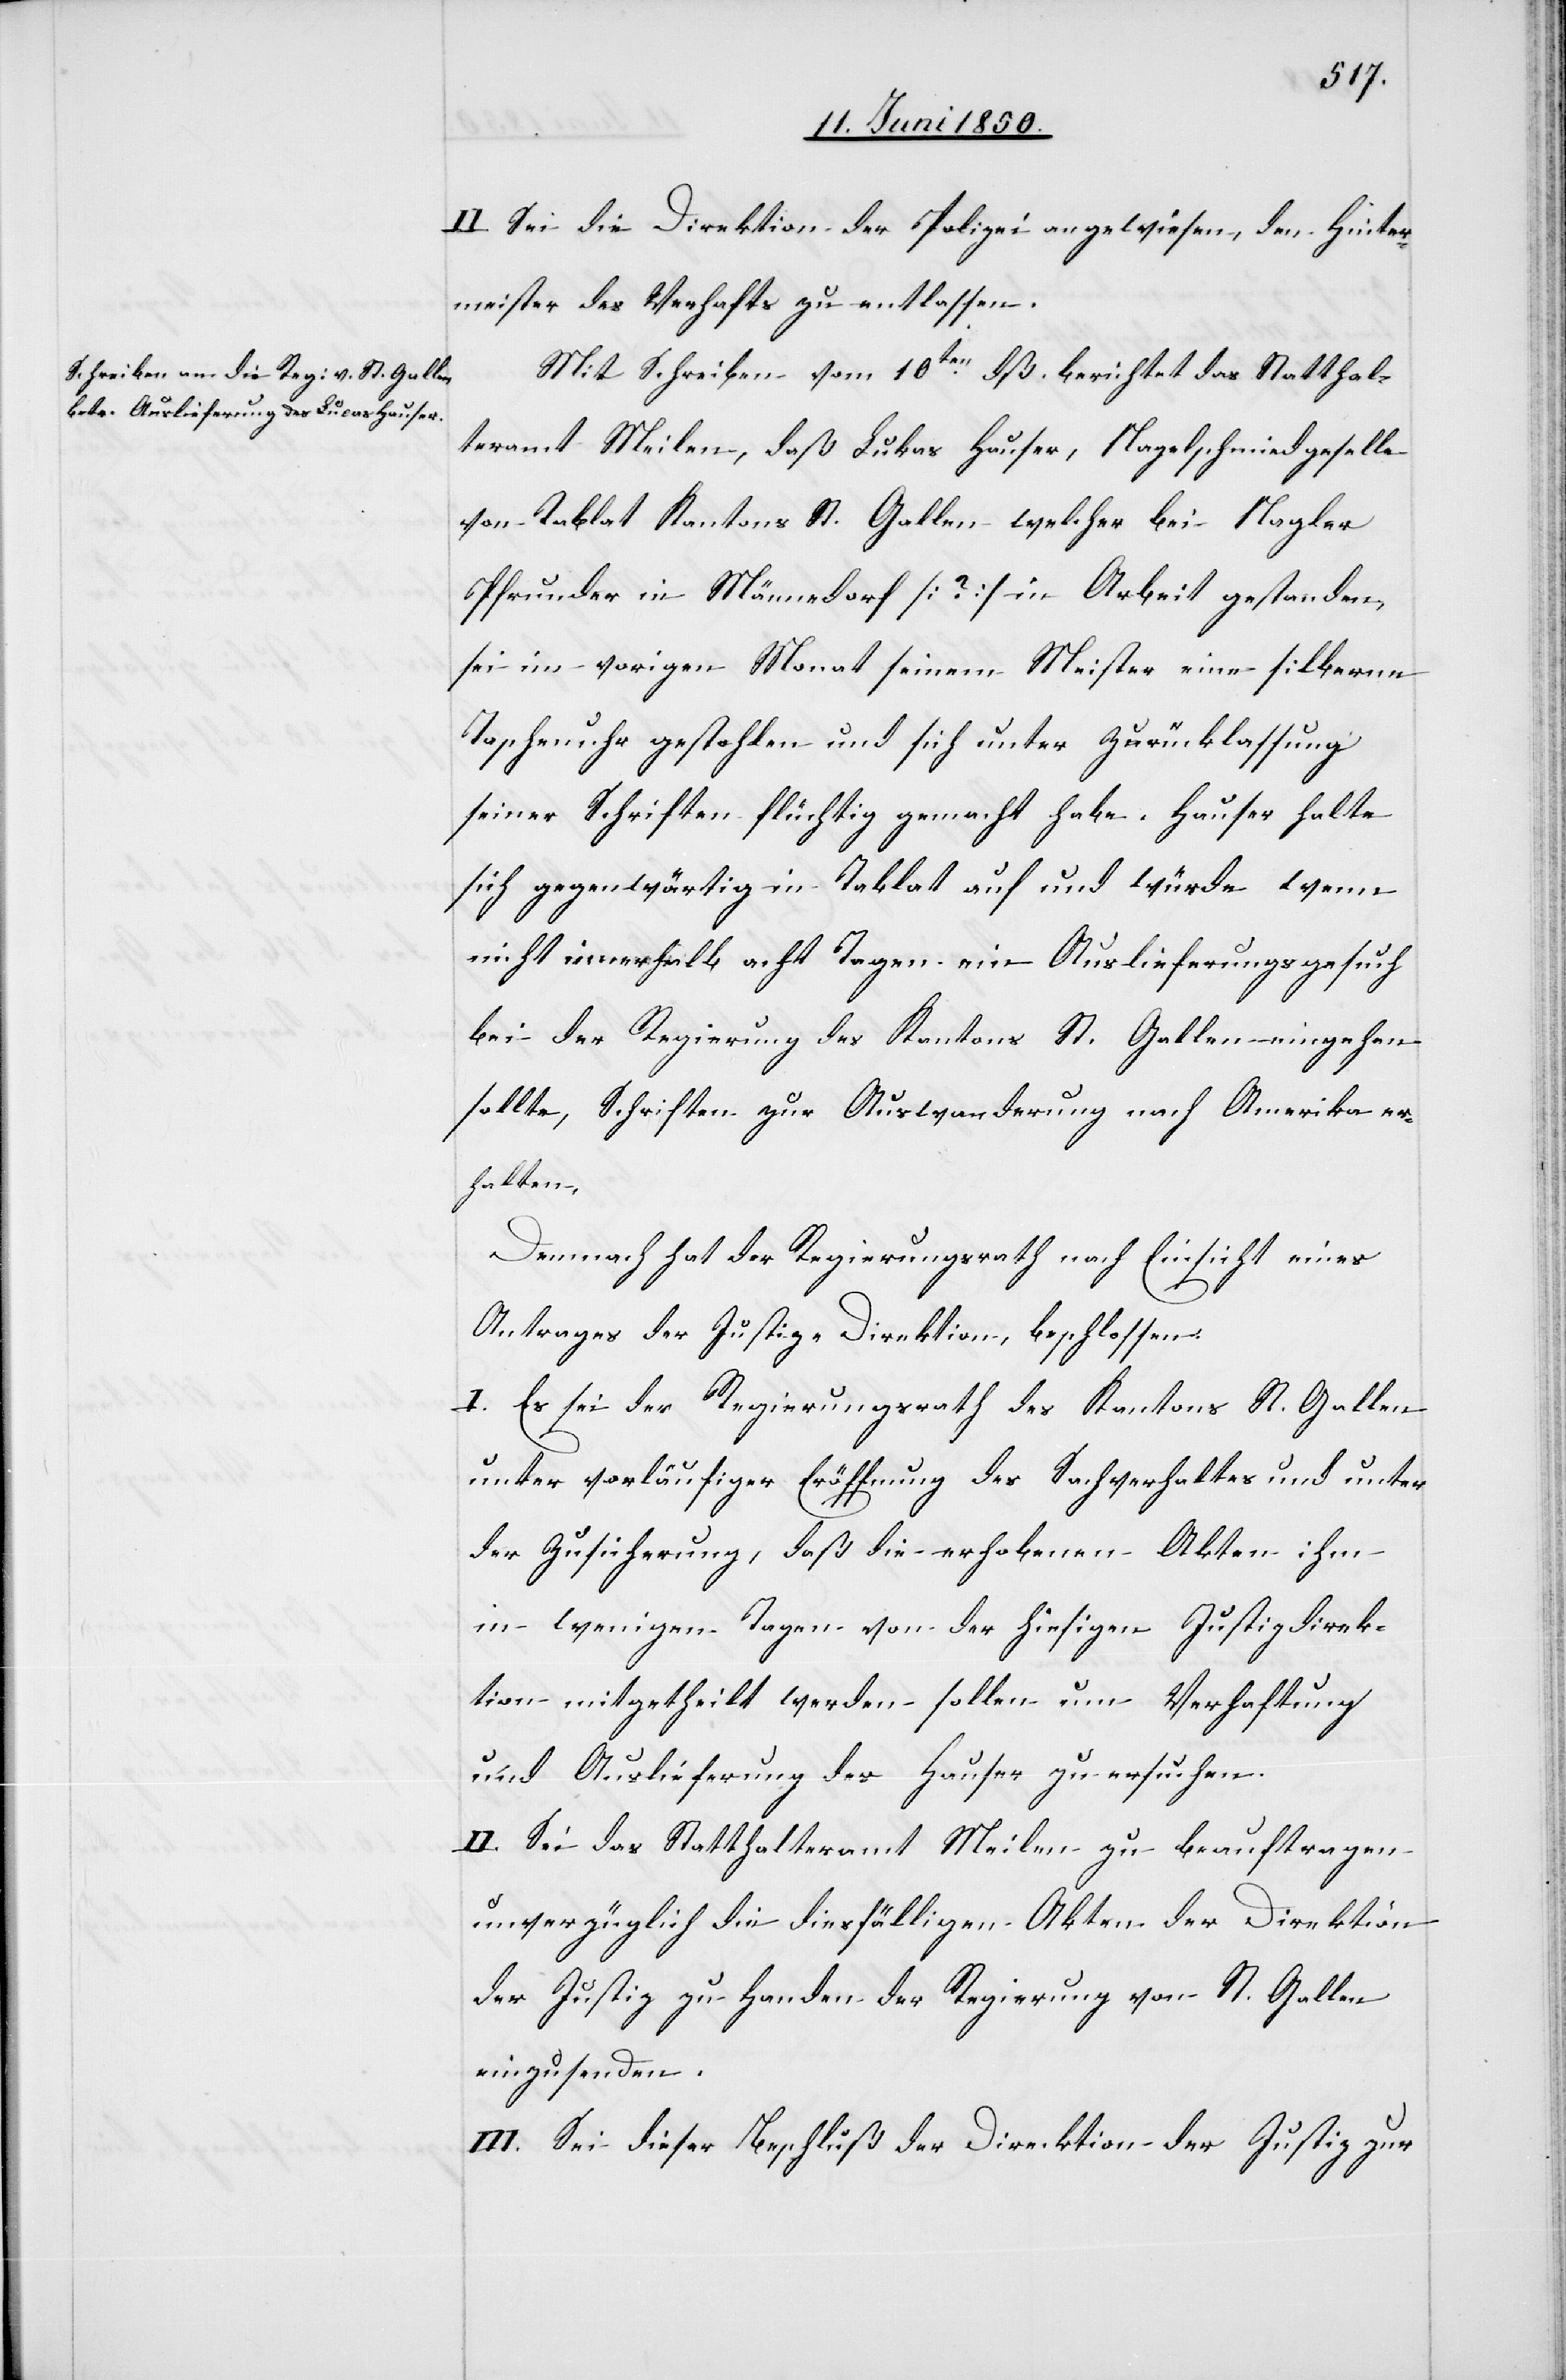
II. Sei die Direktion der Polizei angewiesen, den Hinter¬
meister des Verhafts zu entlassen.
Mit Schreiben vom 10ten dß. berichtet das Statthal¬
teramt Meilen, daß Lukas Hauser, Nagelschmiedgeselle
von Tablat Kantons St. Gallen welcher bei Nagler
Pfrunder in Männedorf [?] in Arbeit gestanden,
sei im vorigen Monat seinem Meister eine silberne
Taschenuhr gestohlen und sich unter Zurücklassung
seiner Schriften flüchtig gemacht habe. Hauser halte
sich gegenwärtig in Tablat auf und würde wenn
nicht innerhalb acht Tagen ein Auslieferungsgesuch
bei der Regierung des Kantons St. Gallen eingehen
sollte, Schriften zur Auswanderung nach Amerika er¬
halten.
Demnach hat der Regierungsrath nach Einsicht eines
Antrages der Justiz-Direktion, beschlossen:
I. Es sei der Regierungsrath des Kantons St. Gallen
unter vorläufiger Eröffnung des Sachverhaltes und unter
der Zusicherung, daß die erhobenen Akten ihm
in wenigen Tagen von der hiesigen Justizdirek¬
tion mitgetheilt werden sollen um Verhaftung
und Auslieferung des Hauser zu ersuchen.
II. Sei das Statthalteramt Meilen zu beauftragen
unverzüglich die diesfälligen Akten der Direktion
der Justiz zu Handen der Regierung von St. Gallen
einzusenden.
III. Sei dieser Beschluß der Direcktion der Justiz zur